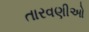
તારવણીઓ